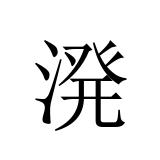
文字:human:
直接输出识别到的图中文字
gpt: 溌